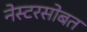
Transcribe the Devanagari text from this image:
नेस्टरसोबत